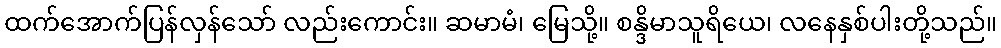
ထက်အောက်ပြန်လှန်သော် လည်းကောင်း။ ဆမာမံ၊ မြေသို့။ စန္ဒိမာသူရိယေ၊ လနေနှစ်ပါးတို့သည်။